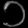
Digit: ၁